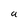
Character: a